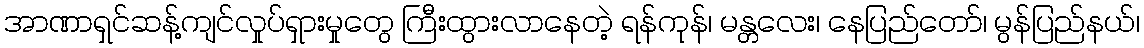
အာဏာရှင်ဆန့်ကျင်လှုပ်ရှားမှုတွေ ကြီးထွားလာနေတဲ့ ရန်ကုန်၊ မန္တလေး၊ နေပြည်တော်၊ မွန်ပြည်နယ်၊